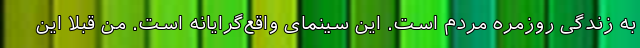
به زندگی روزمره مردم است. این سینمای واقع‌گرایانه است. من قبلاً این